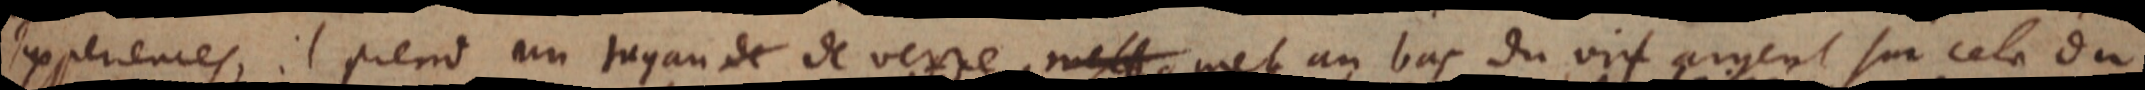
Experiences. Il prend un tuyau de verre met met au bas du vif argent sur cela du